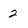
Character: 2